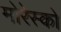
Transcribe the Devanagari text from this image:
मोरेस्को